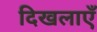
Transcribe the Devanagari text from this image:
दिखलाएँ